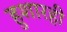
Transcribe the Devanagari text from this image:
हुशारही